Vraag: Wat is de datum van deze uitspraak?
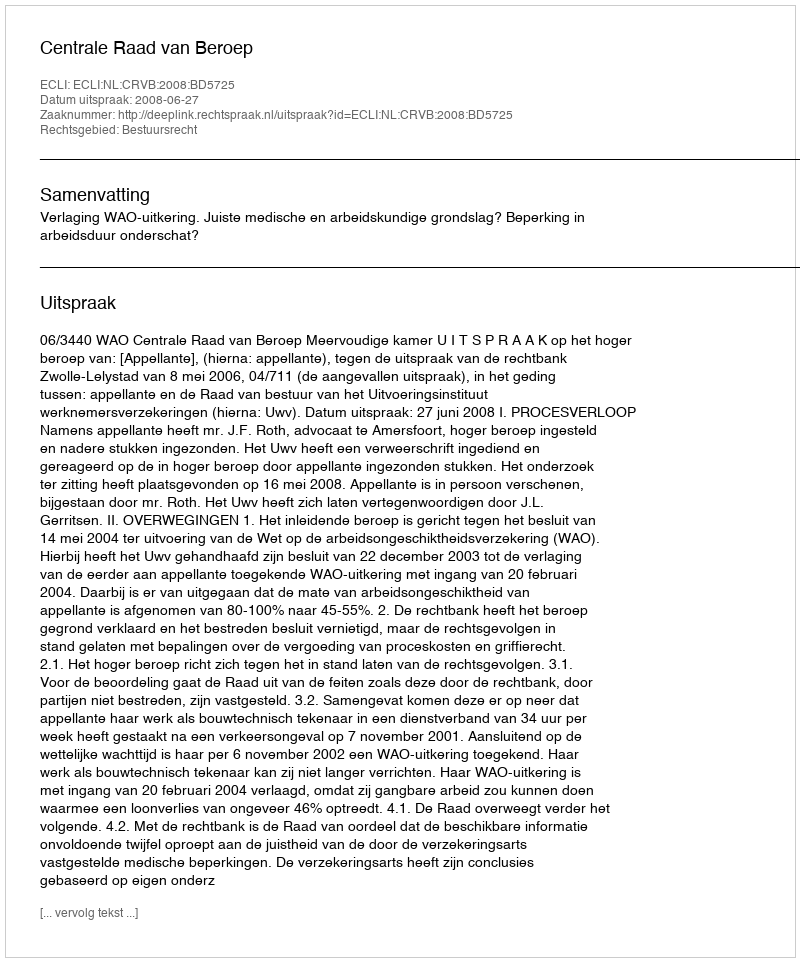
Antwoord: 2008-06-27